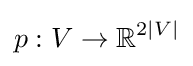
p:V\rightarrow \mathbb {R} ^{2|V|}